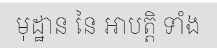
មុដ្ឋាន នៃ អាបត្តិ ទាំង